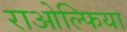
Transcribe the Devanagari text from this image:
राओल्फिया